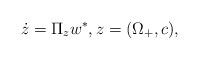
LaTeX: \begin{align*}\dot z=\Pi_z w^\ast, z = (\Omega_+,c),\end{align*}